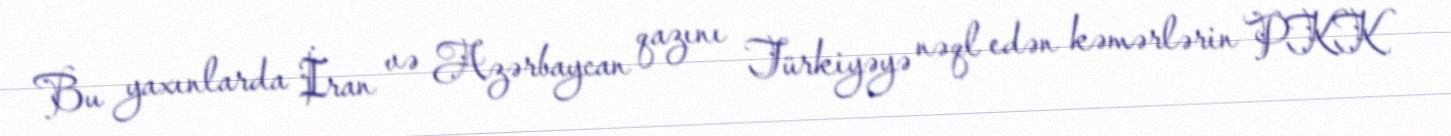
Bu yaxınlarda İran və Azərbaycan qazını Türkiyəyə nəql edən kəmərlərin PKK